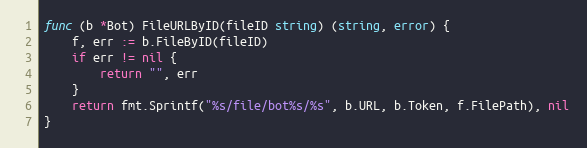
Language: Go
func (b *Bot) FileURLByID(fileID string) (string, error) {
	f, err := b.FileByID(fileID)
	if err != nil {
		return "", err
	}
	return fmt.Sprintf("%s/file/bot%s/%s", b.URL, b.Token, f.FilePath), nil
}